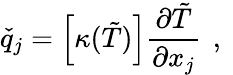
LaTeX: \check{q}_{j}=\left[\kappa(\tilde{T})\right]\frac{\partial\tilde{T}}{\partial x_{j}}\, \mathrm{~,~}